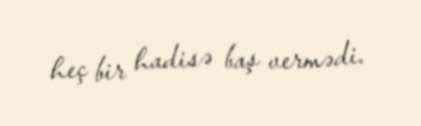
heç bir hadisə baş vermədi.